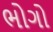
ભોગો